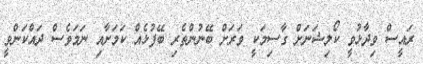
ރައީސް ވިދާޅުވީ ކޯލިޝަނަށް ގާސިމަކީ ވަރަށް ބޭނުންތެރި ބޭފުޅެއް ކަމަށާއި ނަމަވެސް ދައްކަންވީ